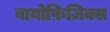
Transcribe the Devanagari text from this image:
बायोफ़िज़िक्स